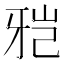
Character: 𱭤